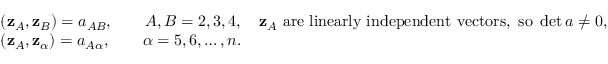
\begin{array} { r } { ( { \bf z } _ { A } , { \bf z } _ { B } ) = a _ { A B } , \qquad A , B = 2 , 3 , 4 , \quad { \bf z } _ { A } ~ \mathrm { a r e ~ l i n e a r l y ~ i n d e p e n d e n t ~ v e c t o r s , ~ s o } ~ \operatorname* { d e t } a \ne 0 , } \\ { ( { \bf z } _ { A } , { \bf z } _ { \alpha } ) = a _ { A \alpha } , \qquad \alpha = 5 , 6 , \ldots , n . \qquad \qquad \qquad \qquad \qquad \qquad \qquad \qquad \qquad \qquad \qquad \quad } \end{array}